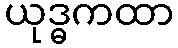
ယုဒ္ဓကထာ